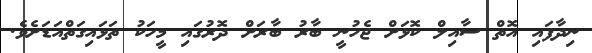
ނިދާފައި އޮތް ސާއިލް ކޮޅަށް ޖެހުނީ ބާރު ބާރަށް ދޮރުގައި މީހަކު ތަޅައިގަތްއަޑަށެވެ.